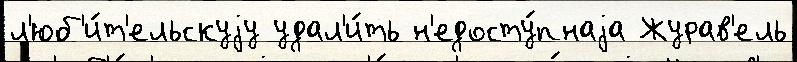
л'юб'и́т'ельскуjу удал'и́ть н'едосту́пнаjа Журав'ель